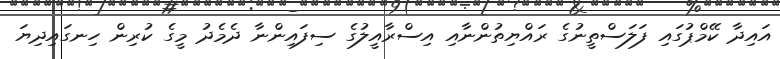
އައިދާ ކޭމްޕުގައި ފަލަސްތީނުގެ ރައްޔިތުންނާއި އިސްރާއީލުގެ ސިފައިންނާ ދެމެދު މީގެ ކުރިން ހިނގައިދިޔަ